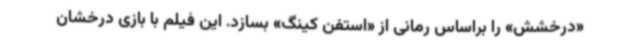
«درخشش» را براساس رمانی از «استفن کینگ» بسازد. این فیلم با بازی درخشان